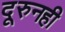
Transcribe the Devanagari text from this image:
दूरुनही